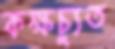
কক্ষচ্যুত